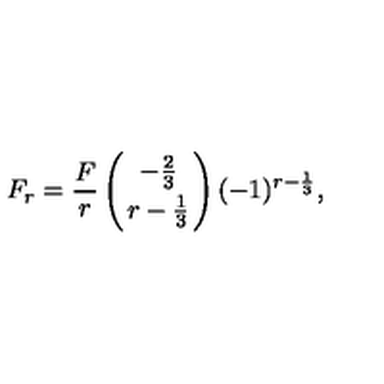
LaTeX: F _ { r } = { \frac { F } { r } } \left( { - { \frac { 2 } { 3 } } \atop r - { \frac { 1 } { 3 } } } \right) ( - 1 ) ^ { r - { \frac { 1 } { 3 } } } ,